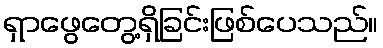
ရှာဖွေတွေ့ရှိခြင်းဖြစ်ပေသည်။